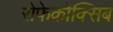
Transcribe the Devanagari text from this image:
रोफेकोक्सिब